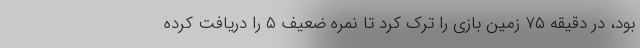
بود، در دقیقه ۷۵ زمین بازی را ترک کرد تا نمره ضعیف ۵ را دریافت کرده